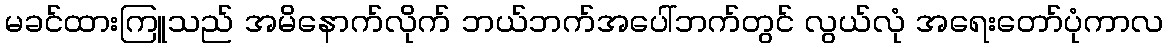
မခင်ထားကြူသည် အမိနောက်လိုက် ဘယ်ဘက်အပေါ်ဘက်တွင် လွယ်လုံ အရေးတော်ပုံကာလ